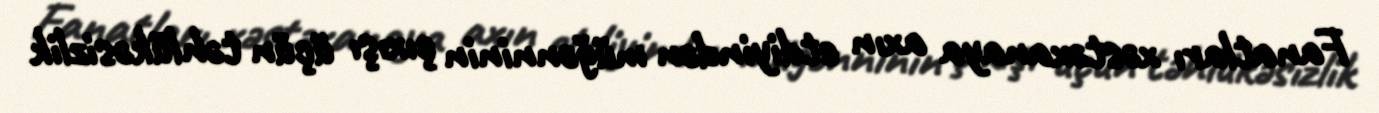
Fanatları xəstəxanaya axın etdiyindən müğənninin çıxışı üçün təhlükəsizlik